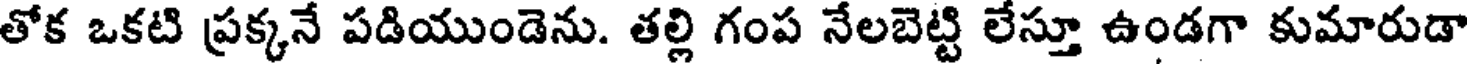
తోక ఒకటి ప్రక్కనే పడియుండెను. తల్లి గంప నేలబెట్టి లేస్తూ ఉండగా కుమారుడా